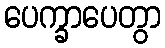
ပေက္ခာပေတွာ